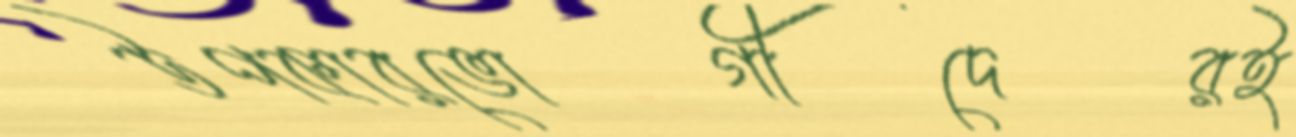
উপকারভোগীদেরই